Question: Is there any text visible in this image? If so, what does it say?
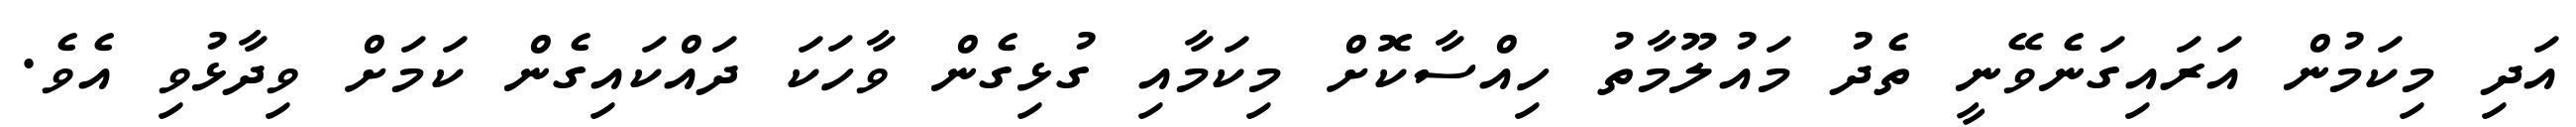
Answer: އަދި މިކަމުން އަރައިގަނެވޭނީ ތެދު މައުލޫމާތު ހިއްސާކޮށް މިކަމާއި ގުޅިގެން ވާހަކަ ދައްކައިގެން ކަމަށް ވިދާޅުވި އެވެ.